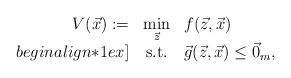
LaTeX: \begin{align*}\begin{array}{rcl}V(\vec{x}):=&\min\limits_{\vec{z}} & f(\vec{z},\vec{x})\\begin{align*}1ex]&\mathrm{s.t.}& \vec{g}(\vec{z},\vec{x})\leq \vec{0}_{m},\end{array}\end{align*}